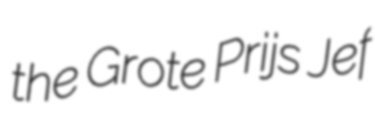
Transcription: the Grote Prijs Jef